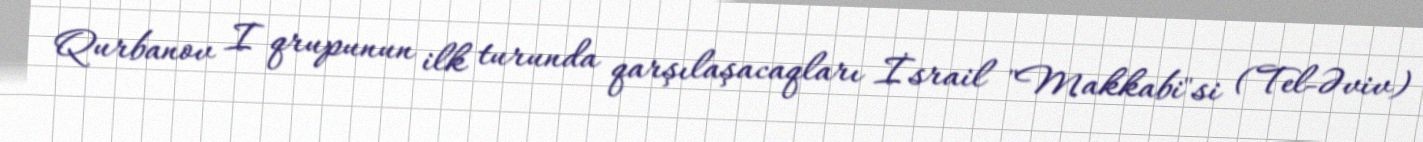
Qurbanov I qrupunun ilk turunda qarşılaşacaqları İsrail "Makkabi"si (Tel-Əviv)